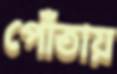
পোঁতায়